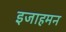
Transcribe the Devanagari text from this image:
इजाहमन